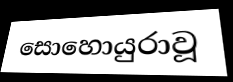
සොහොයුරාවූ